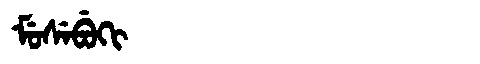
Manchu: ᠮᡠᠰᡝᠪᡠᡴᡳ
Romanization: MUSEBUKI